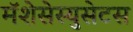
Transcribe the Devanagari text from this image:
मॅशेसेस्युसेटस